Annual administration report of the Civil Veterinary Department of India - 1901-1902
Year: 1901
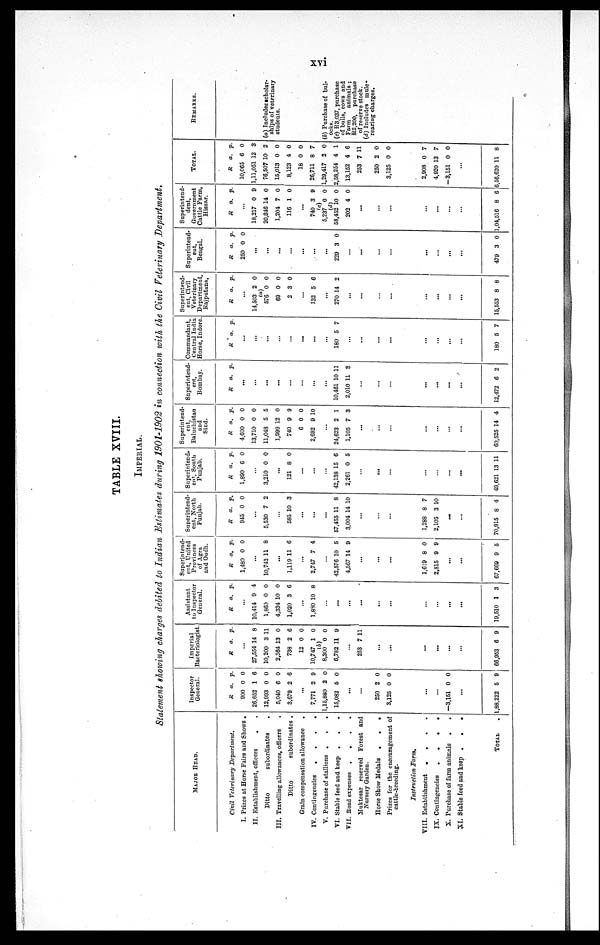
xvi
TABLE XVIII.
IMPERIAL.
Statement showing charges debited to Indian Estimates during 1901-1902 in connection with the Civil Veterinary Department.
MAJOR HEAD.
Civil Veterinary
Department.
I. Prizes at Horse Fairs and Shows .
II. Establishment, officers . .
Ditto
subordinates .
III. Travelling allowances, officers .
Ditto
subordinates .
Grain compensation allowance
.
IV. Contingencies
.
.
.
.
V. Purchase of stallions .
.
.
VI. Stable feed and keep . . .
VII. Boad expenses
.
.
.
.
Muktesar reserved Forest and
Nursery Garden.
Horse Show Medals
.
.
.
Prizes for the encouragement of
cattle-breeding.
Instruction
Farm.
VIII. Establishment
.
.
.
.
IX. Contingencies
.
.
.
.
X. Purchase of farm animals . .
XI. Stable feed and keep .
.
.
TOTAL .
Inspector
General.
R
900
26,652
a.
0
1
p.
0
6
12,903
5,040
3,679
0
6
2
0
0
6
...
7,771 2 9
1,15,880 2 0
15,082 5 0
...
...
250
3,125
2
0
0
0
...
...
—3,151 0 0
...
1,88,222 5 9
Imperial
Bacteriologist.
R a. p.
...
27,554 14 8
10,200
2,364
738
12
10,747
3
13
2
0
1
11
0
6
0
0
(b)
8,300 0 0
6,782 11 9
...
253 7 11
...
...
...
...
...
...
66,953 6 9
Assistant
to Inspector
General.
R a. p.
...
10,414 9 4
1,860
4,334
1,020
0
10
3
0
0
6
...
1,830 10 8
...
...
...
...
...
...
...
...
...
...
19,510 1 3
Superintend-
ent, United
Province
of Agra
and Oudhs.
R a
1,480
.
0
P.
0
...
10,742 11 8
...
1,110 11 6
...
2,747 7 4
...
42,576
4,567
10
14
5
9
...
...
...
1,619
2,815
8
9
0
0
...
...
67,669 9 5
Superintend-
ent, North
Punjab.
R a.
945 0
P.
0
...
5,530 7 2
...
585 10 3
..
. ..
.
...
57,455
3,004
11
14
8
10
...
...
...
1,288
2,105
8
3 1
7
0
...
...
70,915 8 4
Superintend-
ent, South
Punjab.
R
1,890
a.
6
p.
0
...
3,210 0 0
...
121 8 0
...
...
...
42,138
2,261
15
0
6
5
...
...
...
...
...
...
...
49,621 13 11
Superintend-
ent,
Baluchistan
and
Sind.
R
4,600
13,710
a.
0
0
p.
0
0
11,048
1,999
740
6
2,692
5
12
9
0
9 1
5
0
9
0
0
...
24,623
1,105
2
7
1
3
...
...
...
...
...
...
...
60,525 14 4
Superintend-
ent,
Bombay.
R a. p.
.
..
...
... ...
...
...
...
.
..
...
10,461
2,010
10
11
11
3
...
...
...
...
...
...
...
12,472 6 2
Commandant,
Central India
Horse, Indore
R a. p.
...
...
... ...
...
.
..
.
.. .
..
...
180 5 7
...
...
...
...
...
...
...
...
180 5 7
Superintend-
ent,
Civil
Veterinary
Department,
Rajputana.
R a. p.
...
14,503 2 0
(a) 576
60
2
0
0
3
0
0
0
...
132 5 6
270 14 2
...
...
...
...
...
...
...
...
15,553 8 8
Superintend-
ent,
Bengal.
R
250
a.
0
p.
0
..
.
...
...
...
...
...
229 3 0
...
...
...
...
...
...
...
...
479 3 0
Superintend-
dent,
Government
Cattle Farm,
Hissar.
R a. p.
...
18,217 0 0
20,346
1,201
116
14
7
1
0
0
0
...
740 3 9
(c)
5,237 0 0
(d)
58,452 1
202
0
4
0
0
...
...
...
...
...
...
...
1,04,516 8 6
TOTAL.
R
10,065
1,11,051
a.
6
12
p.
0
3
76,507
15,013
8,123
18
26,711
10
0
4
0
8
2
0
0
0
7
1,29,417 2 0
2,58,254
13,152
253
250
3,125
4
4
7
2
0
1
6
11
0
0
2,908
4,920
-3,151
0
13
0
7
7
0
...
6,56,620 11 8
REMARKS.
(a) Includes scholar-
ships of veterinary
students.
(b) Purchase of bul-
ocks.
(c) R3,037, purchase
of bulls, cows and
Farm
animals;
R2,200,
purchase
of reserve stock.
(d) Includes mule-
rearing charges.